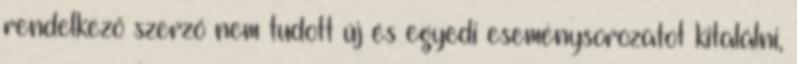
rendelkező szerző nem tudott új és egyedi eseménysorozatot kitalálni,